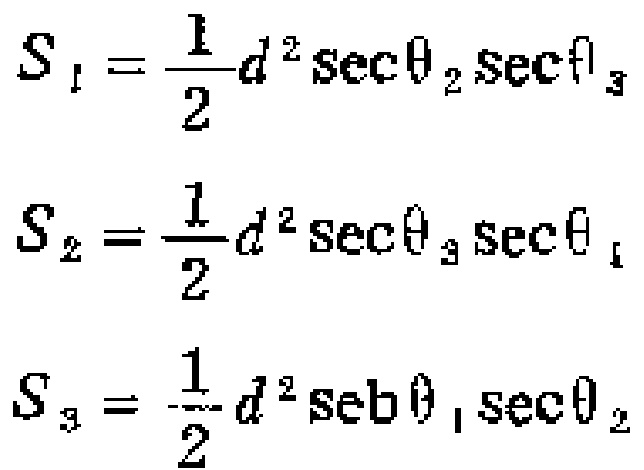
\[
\begin{align*}
S_1&=\frac{1}{2}d^{2}\sec\theta_2\sec\theta_3\\
S_2&=\frac{1}{2}d^{2}\sec\theta_3\sec\theta_1\\
S_3&=\frac{1}{2}d^{2}\sec\theta_1\sec\theta_2
\end{align*}
\]